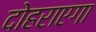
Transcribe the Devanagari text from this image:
दोहराएगा